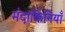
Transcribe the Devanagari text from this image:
मंदाकिनियाँ